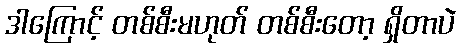
ဒါကြောင့် တစ်စီးမဟုတ် တစ်စီးတော့ ရှိတာပဲ